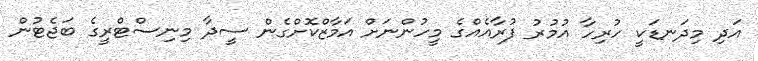
އަދި މިދަނޑަކީ ހުރިހާ އުމުރު ފުރާއެއްގެ މީހުންނަށް އަމާޒްކޮށްގެން ސީދާ މިނިސްޓްރީގެ ބަޖެޓުން